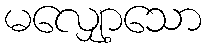
မလျှော့သော